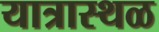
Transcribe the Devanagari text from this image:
यात्रास्थळ